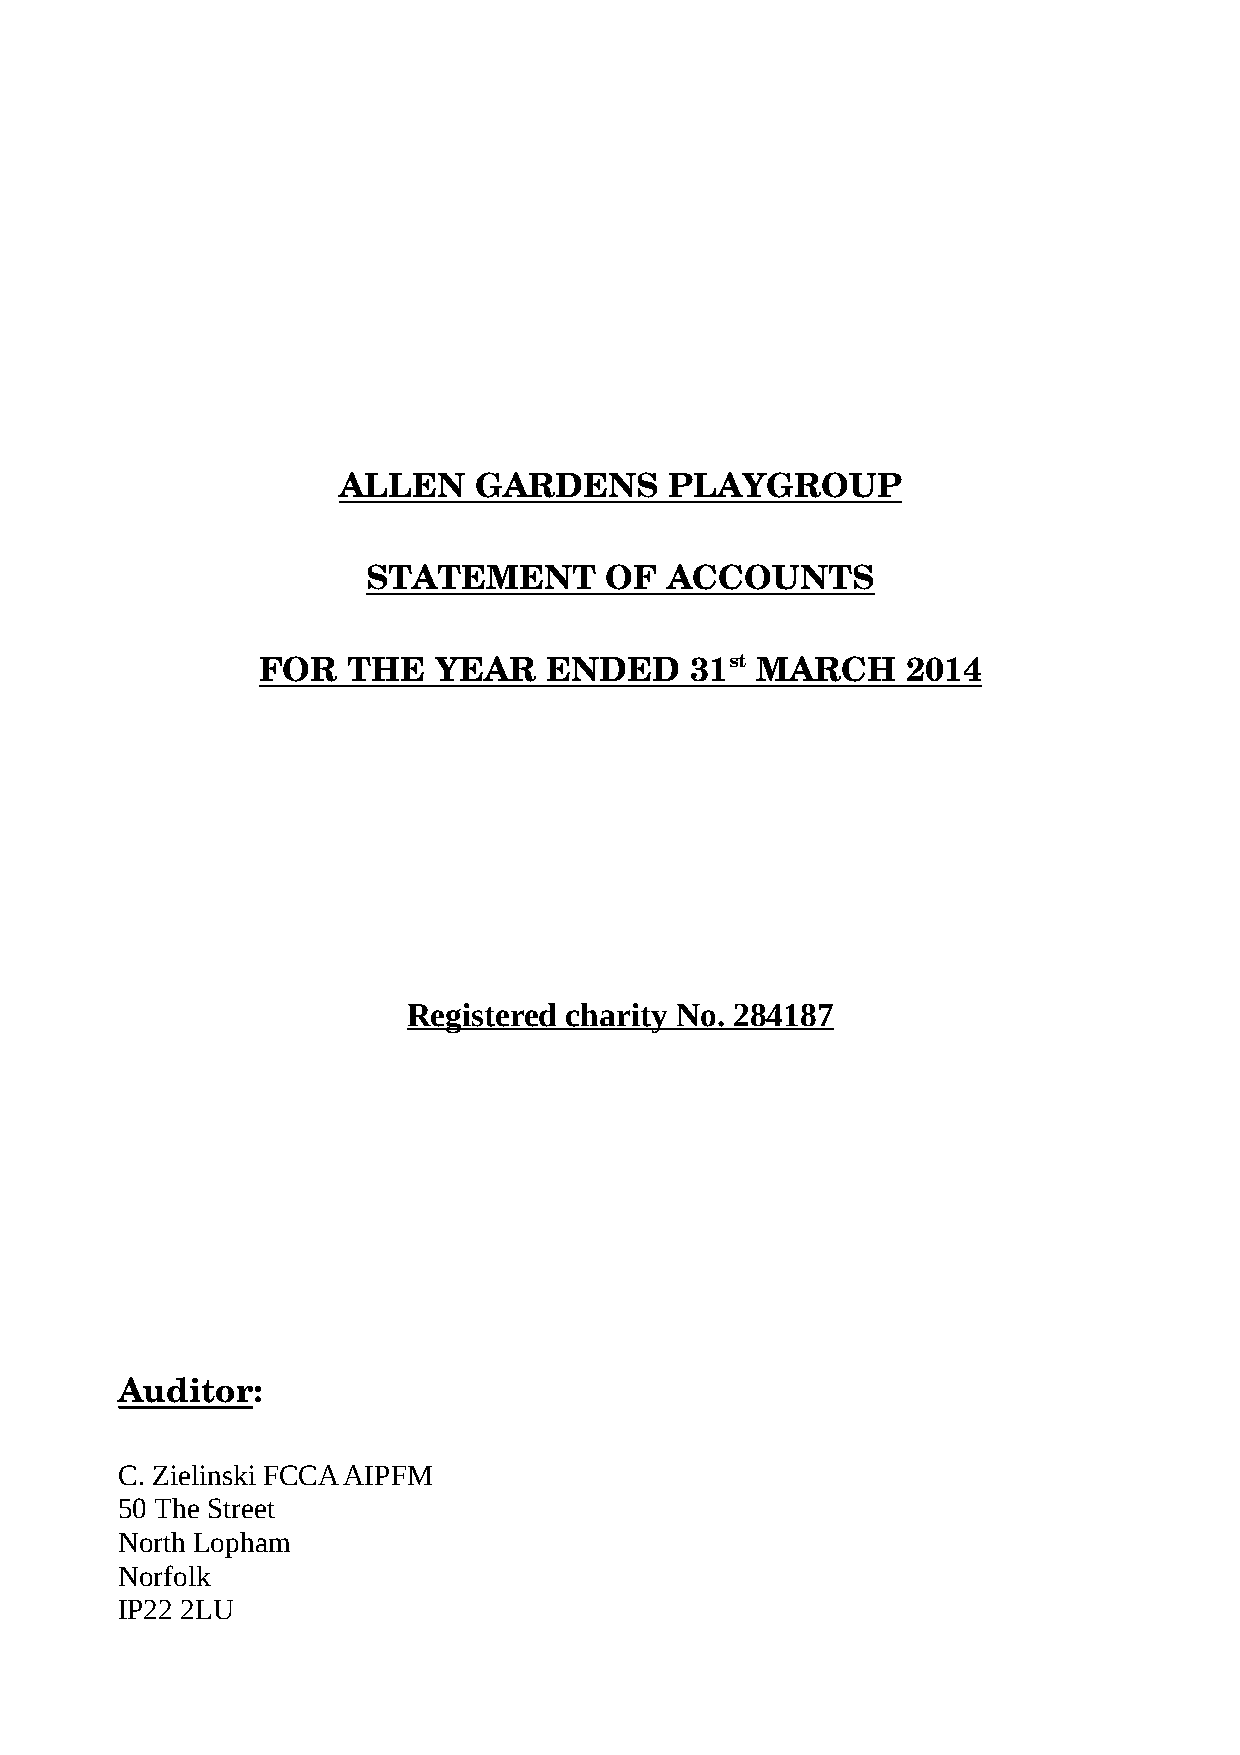
ALLEN    GARDENS      PLAYGROUP
 STATEMENT       OF  ACCOUNTS
 FOR   THE   YEAR   ENDED     31 s t MARCH  2014
 Registered charity No. 284187
 Auditor:
 C. Zielinski FCCA AIPFM
 50 The Street
 North Lopham
 Norfolk
 IP22 2LU